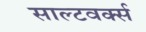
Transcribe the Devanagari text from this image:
साल्टवर्क्स